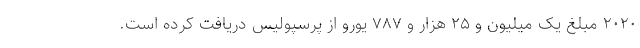
۲۰۲۰ مبلغ یک میلیون و ۲۵ هزار و ۷۸۷ یورو از پرسپولیس دریافت کرده است.